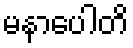
မနာပေါတိ